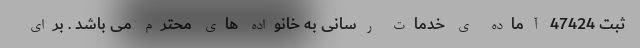
ثبت 47424 آماده ی خدمات رسانی به خانواده های محترم می باشد . برای